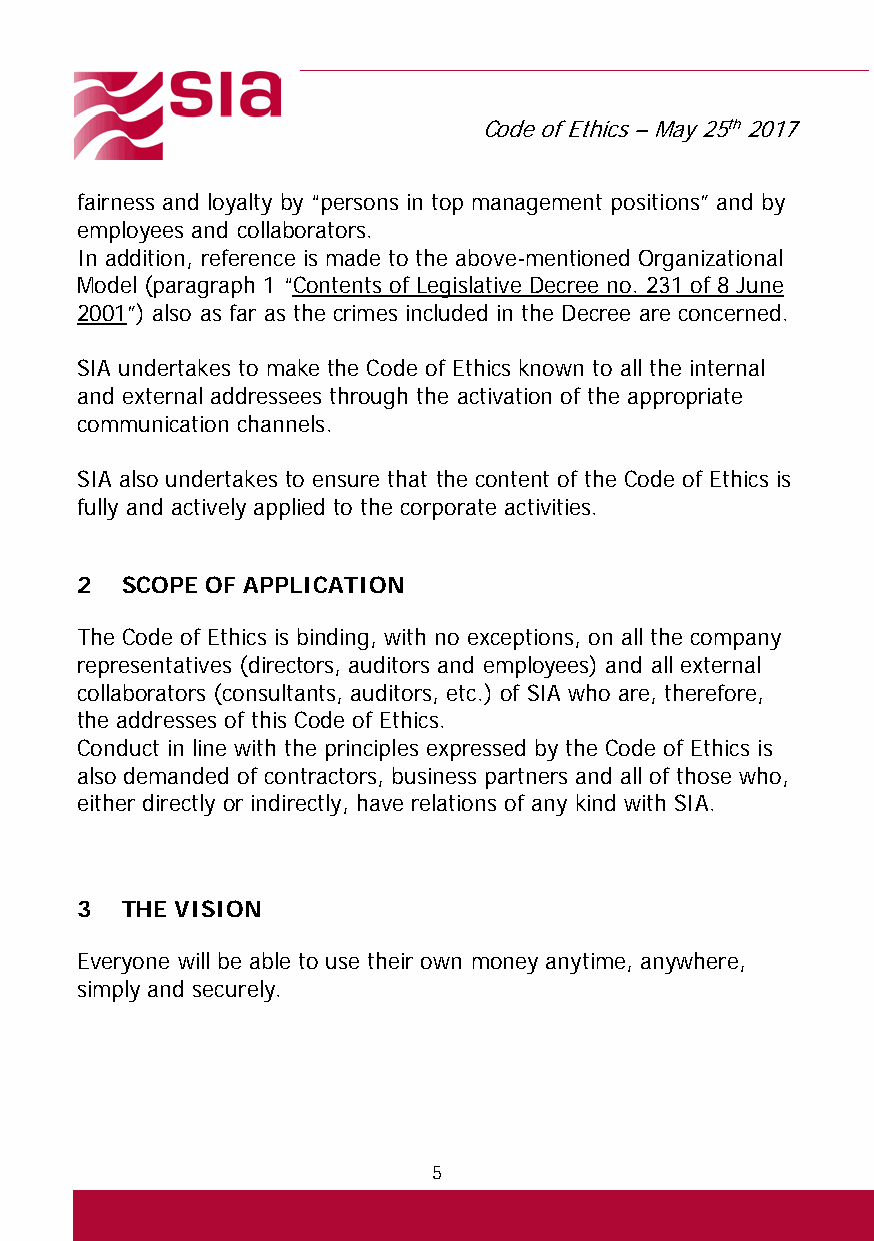
Code of Ethics – May 25th 2017
 fairness and loyalty by “persons in top management positions” and by
 employees and collaborators.
 In addition, reference is made to the above-mentioned Organizational
 Model (paragraph 1 “Contents of Legislative Decree no. 231 of 8 June
 2001”) also as far as the crimes included in the Decree are concerned.
 SIA undertakes to make the Code of Ethics known to all the internal
 and external addressees through the activation of the appropriate
 communication channels.
 SIA also undertakes to ensure that the content of the Code of Ethics is
 fully and actively applied to the corporate activities.
 2  SCOPE OF APPLICATION
 The Code of Ethics is binding, with no exceptions, on all the company
 representatives (directors, auditors and employees) and all external
 collaborators (consultants, auditors, etc.) of SIA who are, therefore,
 the addresses of this Code of Ethics.
 Conduct in line with the principles expressed by the Code of Ethics is
 also demanded of contractors, business partners and all of those who,
 either directly or indirectly, have relations of any kind with SIA.
 3  THE VISION
 Everyone will be able to use their own money anytime, anywhere,
 simply and securely.
 5